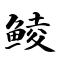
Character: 鲮